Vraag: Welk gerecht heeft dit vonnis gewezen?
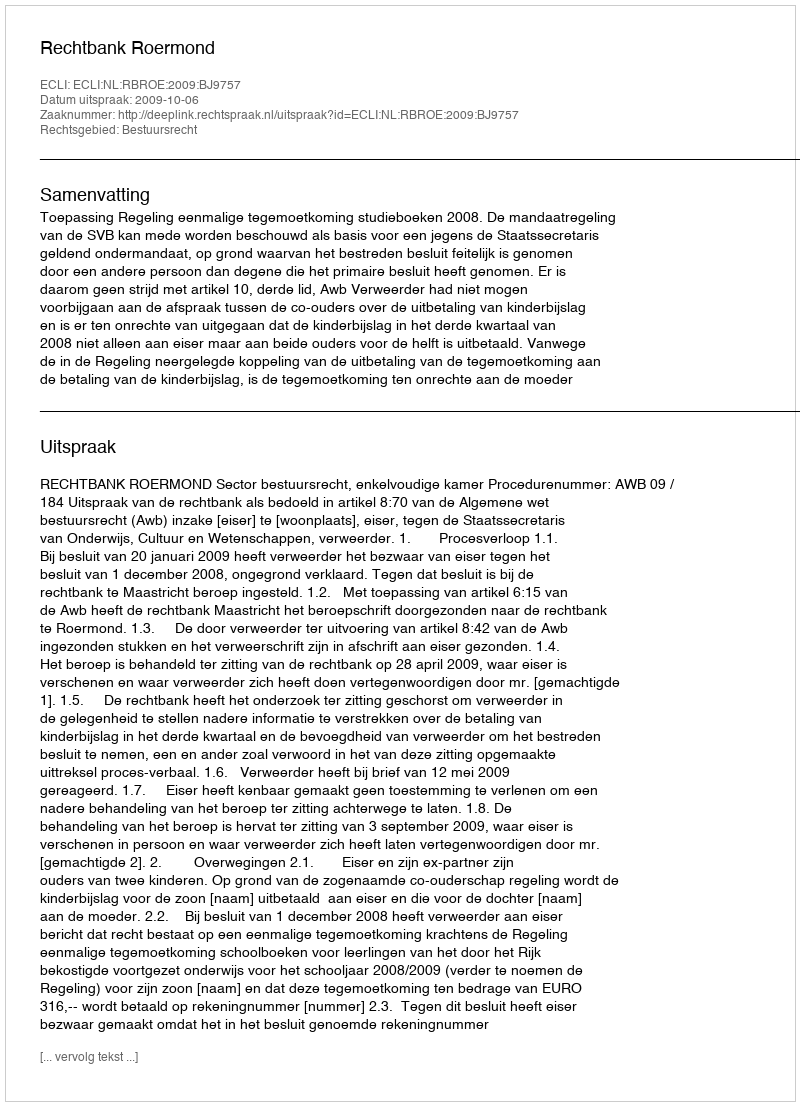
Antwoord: Rechtbank Roermond